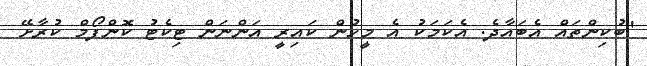
"ބުކިންތައް އެބައާދެ. އެކަމަކު އެ މީހުން ކައިރީ އަންނަން ޓިކެޓު ކޮންފޯމް ކުރާށޭ